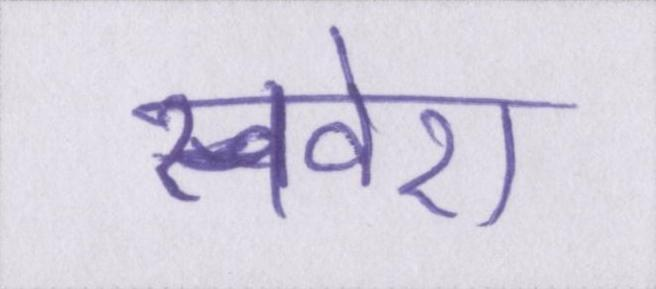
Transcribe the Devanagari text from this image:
सवेरा